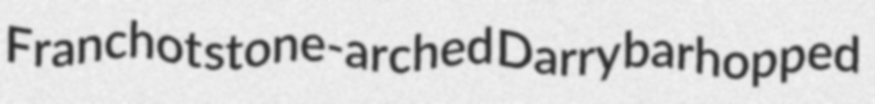
Franchot stone-arched Darry barhopped